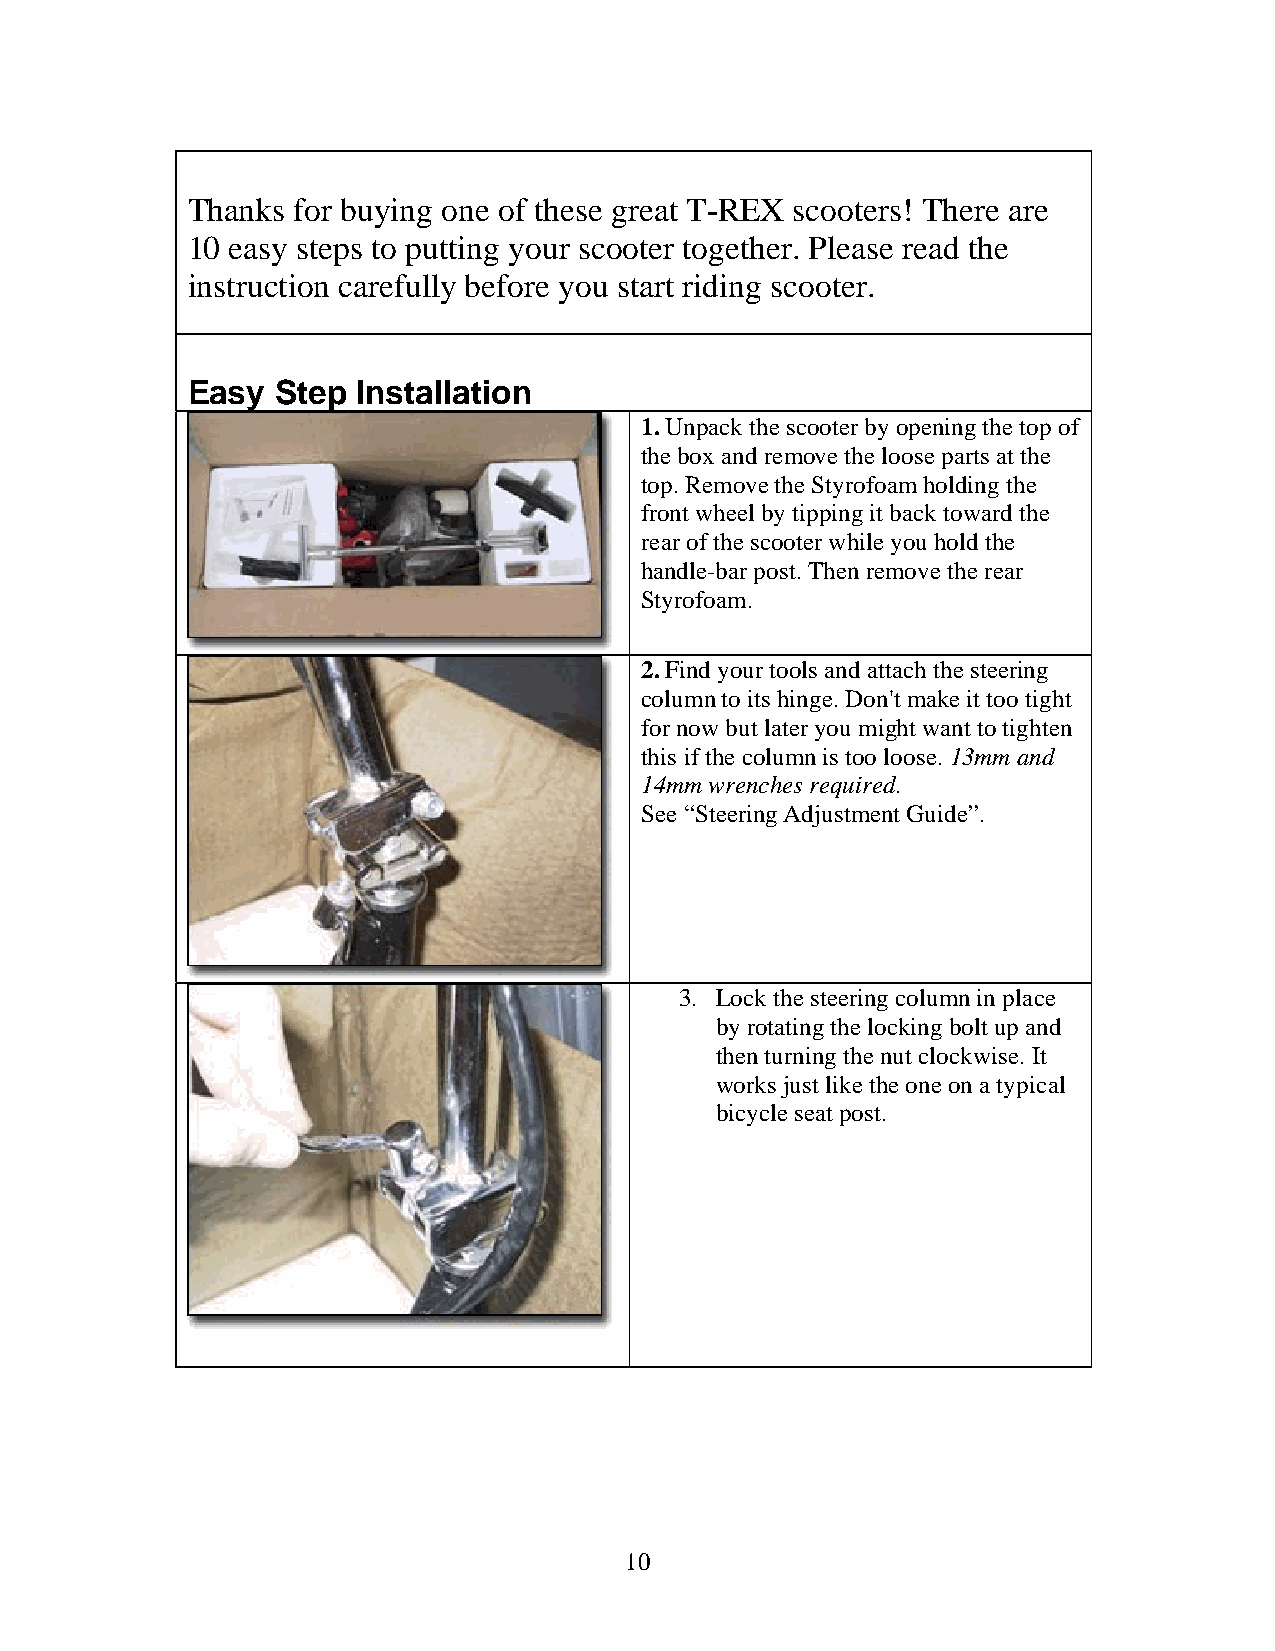
Thanks for buying one of these great T-REX scooters! There are
 10 easy steps to putting your scooter together. Please read the
 instruction carefully before you start riding scooter.
 Easy  Step  Installation
 1. Unpack the scooter by opening the top of
 the box and remove the loose parts at the
 top. Remove the Styrofoam holding the
 front wheel by tipping it back toward the
 rear of the scooter while you hold the
 handle-bar post. Then remove the rear
 Styrofoam.
 2. Find your tools and attach the steering
 column to its hinge. Don't make it too tight
 for now but later you might want to tighten
 this if the column is too loose. 13mm and
 14mm wrenches required.
 See “Steering Adjustment Guide”.
 3. Lock the steering column in place
 by rotating the locking bolt up and
 then turning the nut clockwise. It
 works just like the one on a typical
 bicycle seat post.
 10